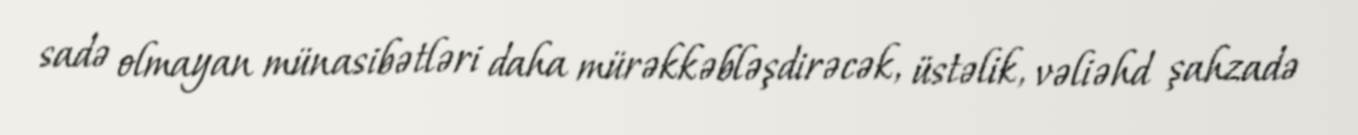
sadə olmayan münasibətləri daha mürəkkəbləşdirəcək, üstəlik, vəliəhd şahzadə